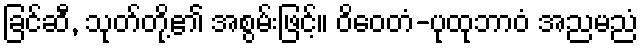
ခြင်ဆီ, သုတ်တို့၏ အစွမ်းဖြင့်။ ဝိဝေတံ-ပုထုဘာဝံ အညမညံ